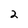
Character: 2